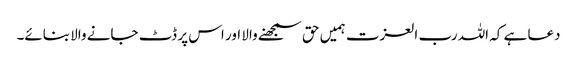
دعا ہے کہ اللہ رب العزت ہمیں حق سمجھنے والا اور اس پر ڈٹ جانے والا بنائے۔